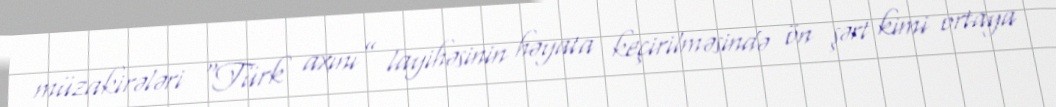
müzakirələri “Türk axını” layihəsinin həyata keçirilməsində ön şərt kimi ortaya